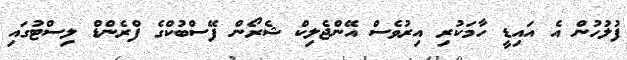
ފުލުހުން އެ އައިޑީ ހާމަކުރި އިރުވެސް އޭންޖެލިކް ޝެރޯން ފޭސްބުކްގެ ފްރެންޑް ލިސްޓުގައި